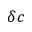
\delta c